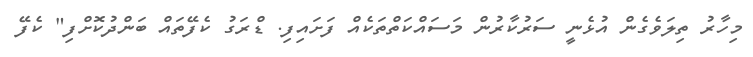
މިހާރު ތިލަވެގެން އުޅެނީ ސަރުކާރުން މަސައްކަތްތަކެއް ފަށައިފި. ޑްރަގު ކެފޭތައް ބަންދުކޮށްފި" ކެފޭ